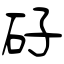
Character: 矷